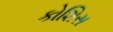
કોશિસ